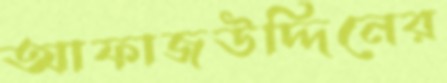
আফাজউদ্দিনের